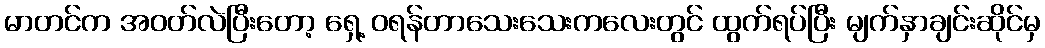
မာတင်က အဝတ်လဲပြီးတော့ ရှေ့ ဝရန်တာသေးသေးကလေးတွင် ထွက်ရပ်ပြီး မျက်နှာချင်းဆိုင်မှ